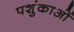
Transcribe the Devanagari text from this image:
पशुंकाओं